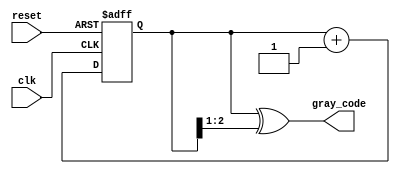
module gray_code_async_counter (
    input wire clk,       // Clock signal
    input wire reset,     // Reset signal
    output reg [n-1:0] gray_code // Output Gray code
);
    parameter n = 3; // Number of bits for the Gray code counter

    reg [n-1:0] binary; // Internal binary representation

    // Gray Code conversion from binary
    function [n-1:0] bin_to_gray(input [n-1:0] bin);
        begin
            bin_to_gray = bin ^ (bin >> 1);
        end
    endfunction

    // Asynchronous Counter Logic
    always @(posedge clk or posedge reset) begin
        if (reset) begin
            binary <= 0; // Reset binary value to 0
        end else begin
            binary <= binary + 1; // Increment binary value
        end
    end

    // Update Gray code output
    always @(binary) begin
        gray_code <= bin_to_gray(binary); // Convert binary to Gray code
    end

endmodule